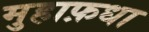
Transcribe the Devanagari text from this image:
मुहाफ़धा